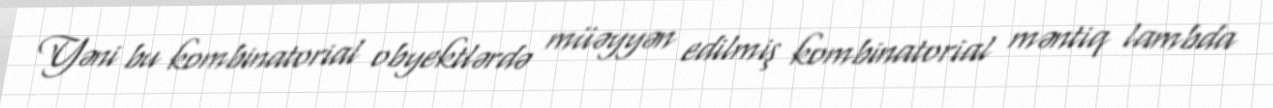
Yəni bu kombinatorial obyektlərdə müəyyən edilmiş kombinatorial məntiq lambda